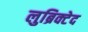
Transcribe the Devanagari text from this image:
लुब्रिक्टेद